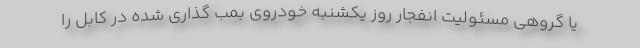
یا گروهی مسئولیت انفجار روز یکشنبه خودروی بمب گذاری شده در کابل را